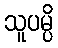
သူပမ္ပိ